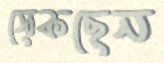
সেকছেন